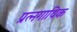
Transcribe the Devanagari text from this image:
प्रत्नगाथिक